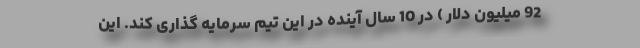
92 میلیون دلار ) در 10 سال آینده در این تیم سرمایه گذاری کند. این